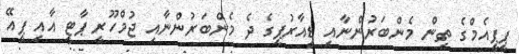
ޕީޕީއެމްގެ ތިން މެންބަރުންނާއި ޑީއާރުޕީގެ ދެ މެންބަރުންނާއި ޖުމްހޫރީ ޕާޓީ އާއި ޕީއޭ